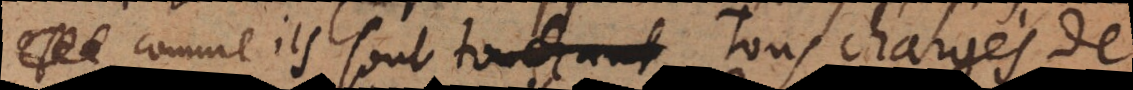
s comme ils sont tous chargés de